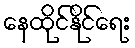
နေထိုင်နိုင်ရေး